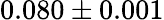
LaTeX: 0.080\pm 0.001